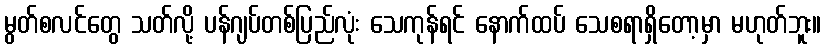
မွတ်စလင်တွေ သတ်လို့ ပန်ဂျပ်တစ်ပြည်လုံး သေကုန်ရင် နောက်ထပ် သေစရာရှိတော့မှာ မဟုတ်ဘူး။